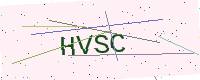
Text: HVSC